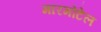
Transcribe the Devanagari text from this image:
मारमोंटेल